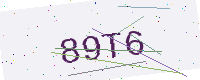
Text: 89T6